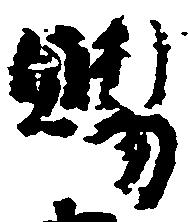
賜